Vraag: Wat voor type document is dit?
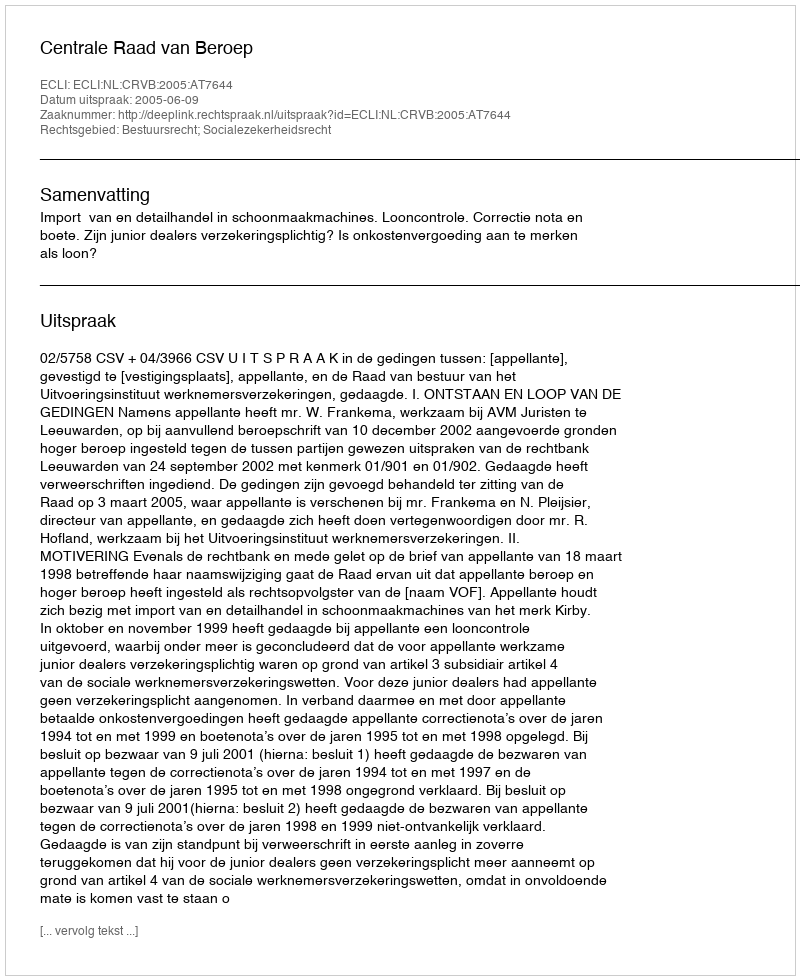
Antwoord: Uitspraak